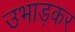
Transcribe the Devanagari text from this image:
उभाड़कर